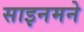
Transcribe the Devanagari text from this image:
साइनमने